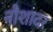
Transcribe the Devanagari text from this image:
नौशादर